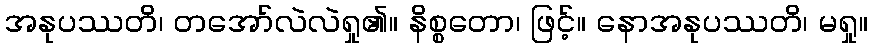
အနုပဿတိ၊ တအော်လဲလဲရှု၏။ နိစ္စတော၊ ဖြင့်။ နောအနုပဿတိ၊ မရှု။